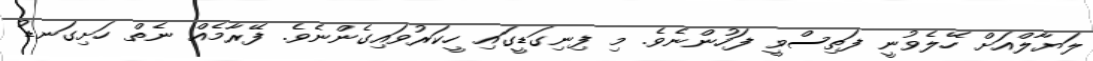
ލަޔާލްއަށް ހޭލެވުނީ ފަތިސްވީ ފަހުންނެވެ. މި ފިނިގަޑީގައި ހީކަރުވައިގެންނެވެ. ފޭރާމެއް ނެތް ހަށިގަނޑު